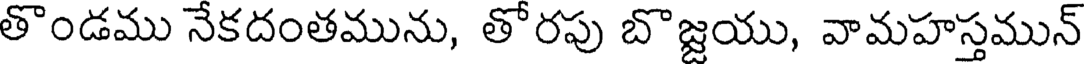
తొండము నేకదంతమును, తోరపు బొజ్జయు, వామహస్తమున్